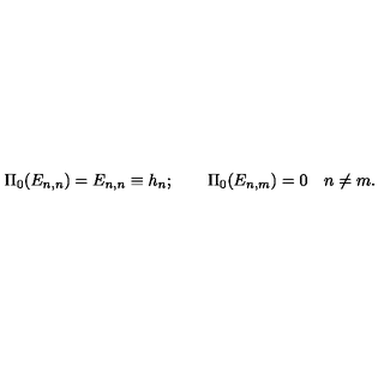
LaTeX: \Pi _ { 0 } ( E _ { n , n } ) = E _ { n , n } \equiv h _ { n } ; \qquad \Pi _ { 0 } ( E _ { n , m } ) = 0 \quad n \ne m .